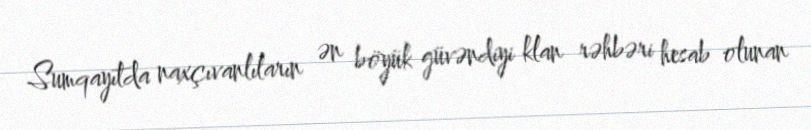
Sumqayıtda naxçıvanlıların ən böyük güvəndiyi klan rəhbəri hesab olunan